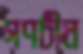
গণচীন